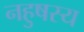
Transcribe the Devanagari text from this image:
नहुषस्य